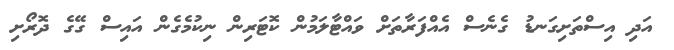
އަދި އިސްތަށިގަނޑު ގެނެސް އެއްފަރާތަށް ވައްޓާލަމުން ކޮޓަރިން ނިކުމެގެން އައިސް ގޭގެ ދޮރޯށި